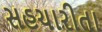
સહચારીતા